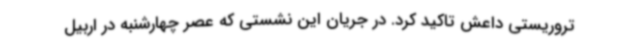
تروریستی داعش تاکید کرد. در جریان این نشستی که عصر چهارشنبه در اربیل